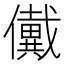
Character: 𠑀